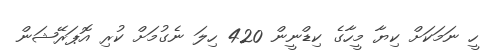
ހީ ނަމަކަށް ކިޔާ މީހާގެ ކިޑްނީން 420 ހިލަ ނެގުމަށް ކުރި އޮޕަރޭޝަން